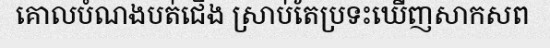
គោលបំណងបត់ជើង ស្រាប់តែប្រទះឃើញសាកសព